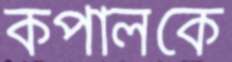
কপালকে